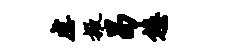
虐掖曷悠